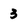
Character: 3